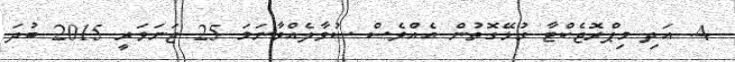
4. އަދި މިޕްރޮޖެކްޓާ ގުޅޭގޮތުން އެއްވެސް ސުވާލެއްވާނަމަ 25 ޖަނަވަރީ 2015 ބުދަ